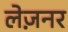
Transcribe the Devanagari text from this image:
लेज़नर